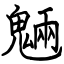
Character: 魎